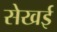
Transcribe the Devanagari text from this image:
सेखई